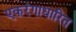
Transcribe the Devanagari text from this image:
एकरंगाधारित